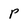
Character: p